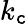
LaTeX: k_{\mathtt{c}}